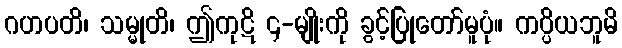
ဂဟပတိ၊ သမ္မုတိ၊ ဤကုဋိ ၄-မျိုးကို ခွင့်ပြုတော်မူပုံ။ ကပ္ပိယဘူမိ